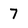
Character: 7